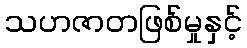
သဟဇာတဖြစ်မှုနှင့်